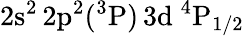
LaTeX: \mathrm{2s^{2}\, 2p^{2}(^{3}P)\, 3d~^{4}P_{1/2}}